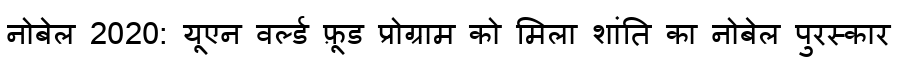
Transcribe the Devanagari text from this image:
नोबेल 2020: यूएन वर्ल्ड फ़ूड प्रोग्राम को मिला शांति का नोबेल पुरस्कार